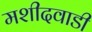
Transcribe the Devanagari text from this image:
मशीदवाडी